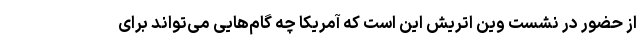
از حضور در نشست وین اتریش این است که آمریکا چه گام‌هایی می‌تواند برای